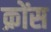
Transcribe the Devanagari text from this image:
क्रोंस